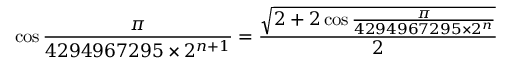
\cos { \frac { \pi } { 4 2 9 4 9 6 7 2 9 5 \times 2 ^ { n + 1 } } } = { \frac { \sqrt { 2 + 2 \cos { \frac { \pi } { 4 2 9 4 9 6 7 2 9 5 \times 2 ^ { n } } } } } { 2 } }